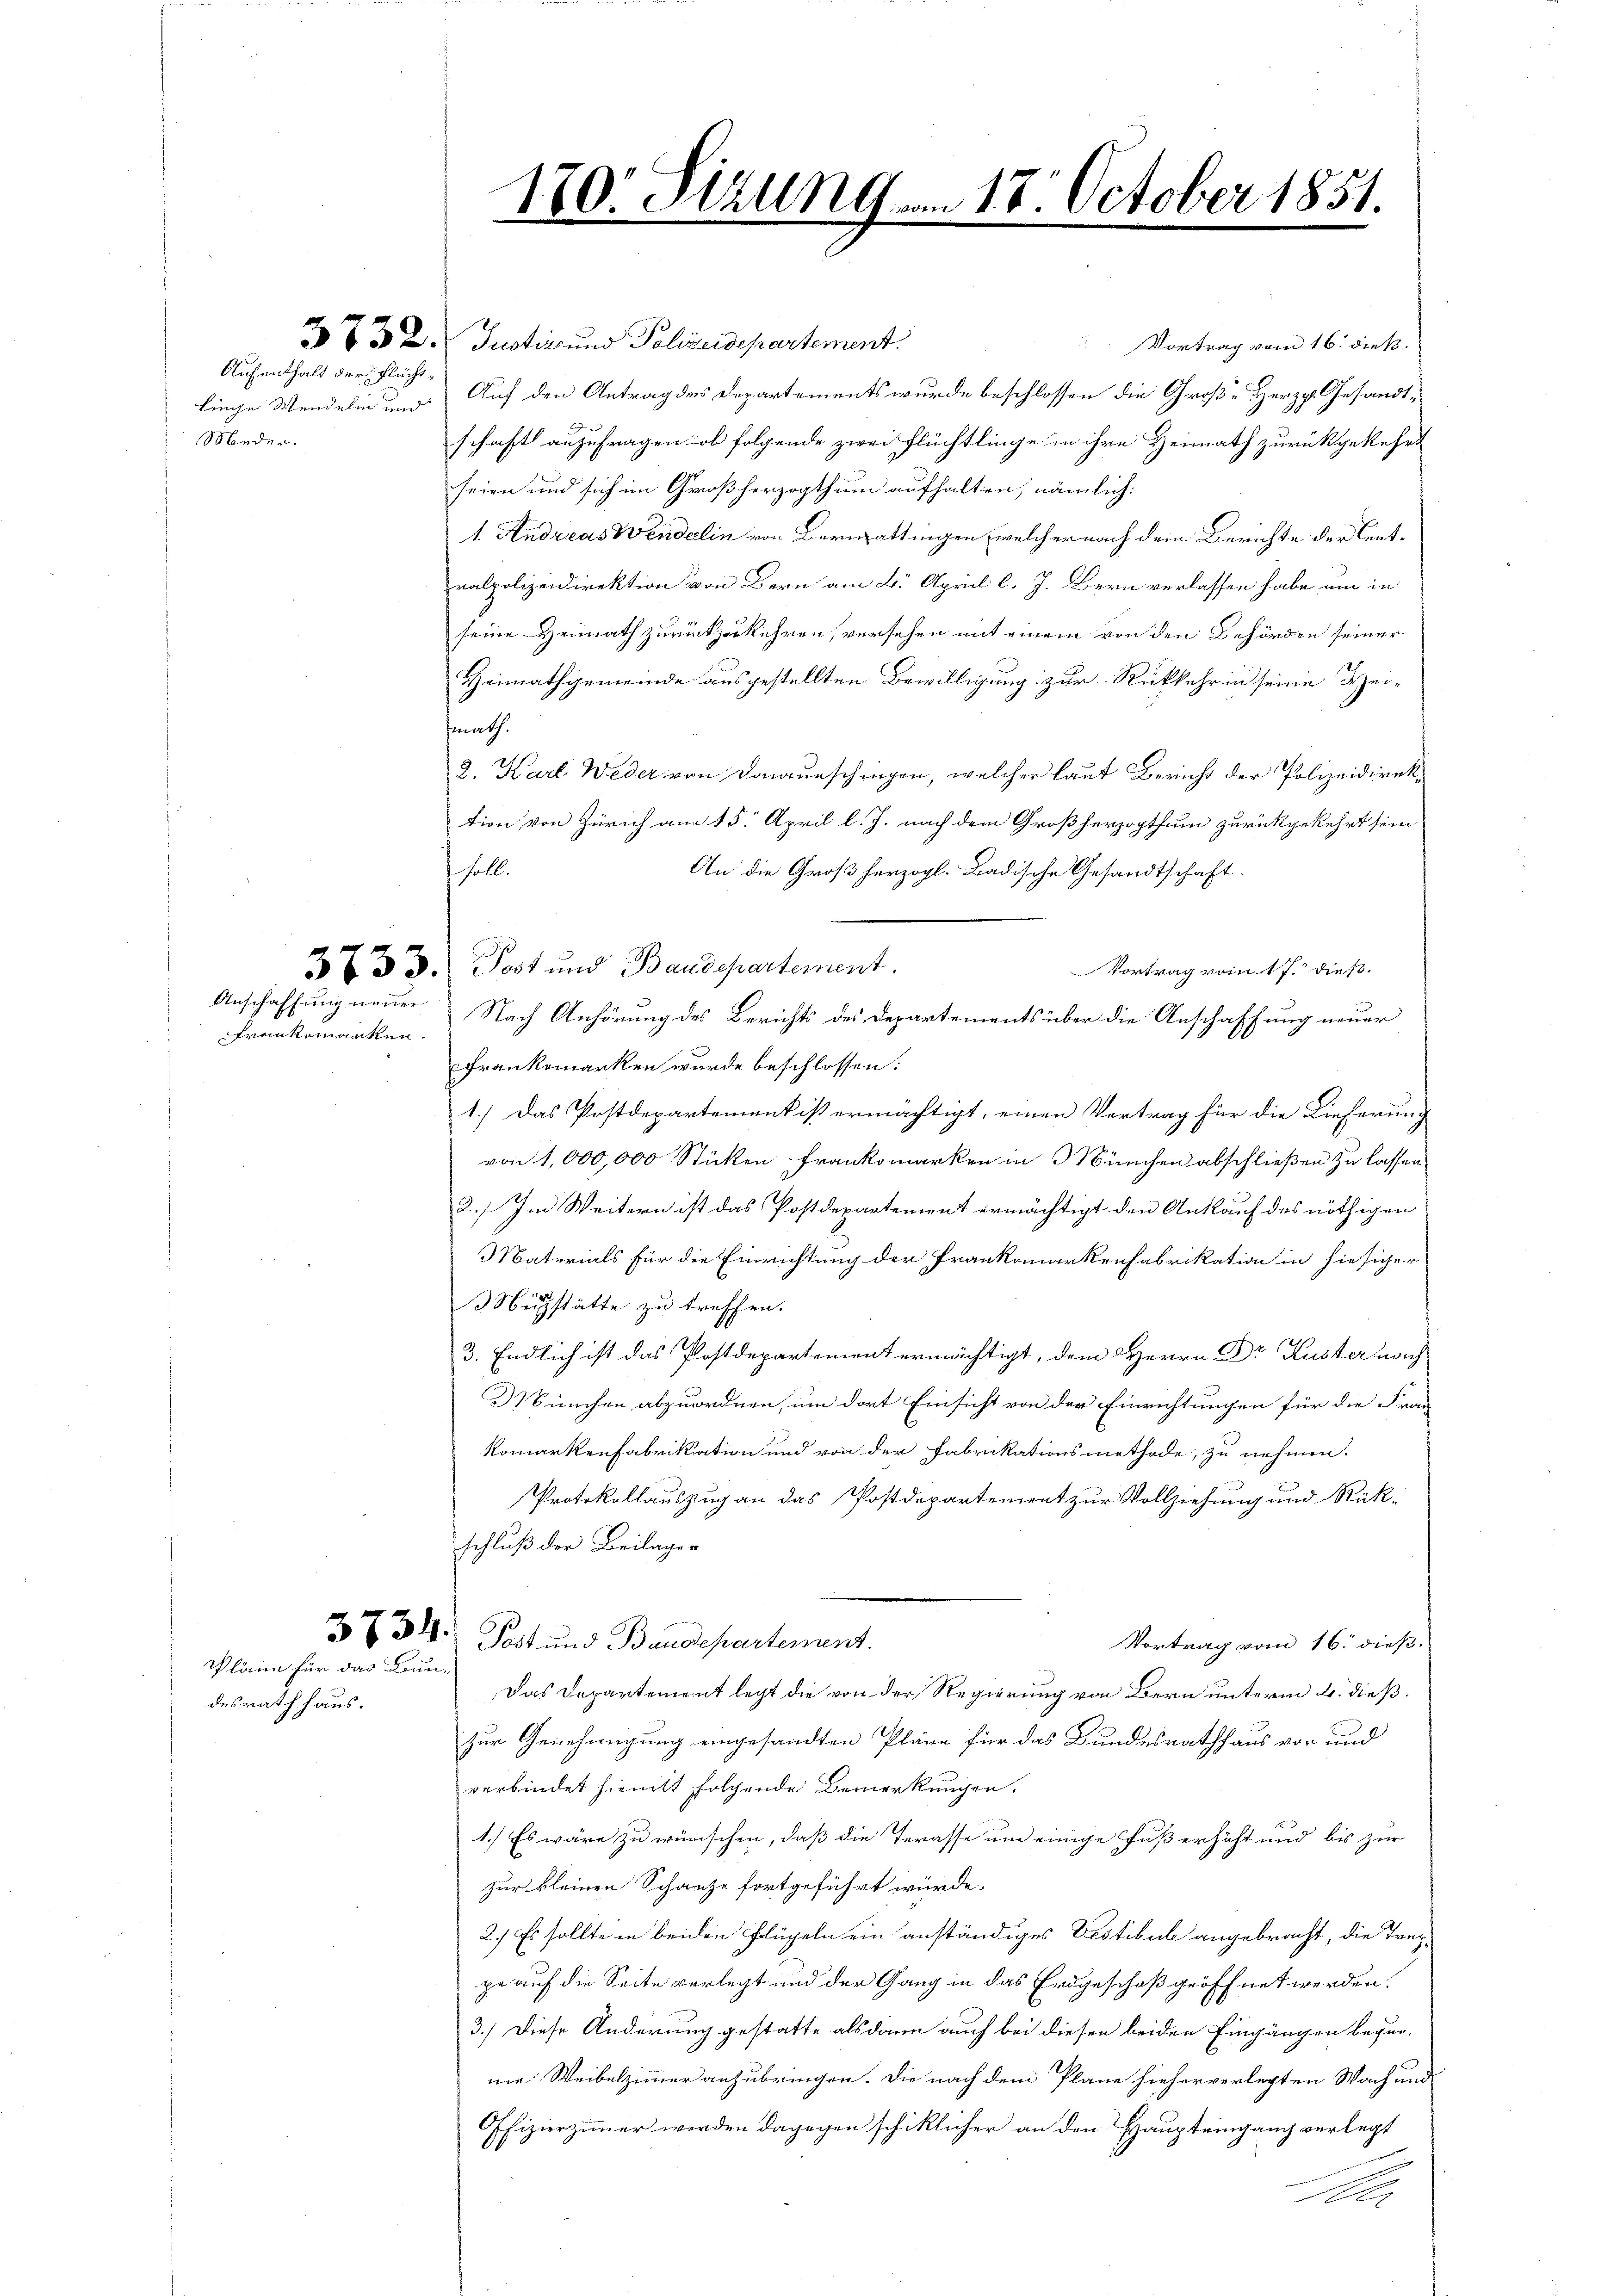
liege Wendelin und
Minder.

Franckemanken.

desrath haus.

Aufenthalt der Flücht¬

Pläne für das Brun¬

3 732. Justiz und Polizeidepartement:
Vortrag vom 16. dieß.
Auf den Antrag des Departements wurde beschlossen die Große Herzp. Gesandtschaft anzufragen ob folgende zwei Flüchtlinge in ihre Heimath zurückgekehrt
seien und sich im Großherzogthum aufhalten; nämlich:
1. Andreas Weidelin von Bernattingen, welcher nach dem Berichte der Centralpolizeidirektion von Bern am 2. April l. J. Bern verlassen habe, um in
seine Heimath zurückzukehren, versehen mit einem von den Behörden seiner
Heimathgemeinde ausgestellten Bewilligung zur Rückkehr in seine Heimath.
2. Karl Weder von Donausschingen, welcher laut Bericht der Polizeidirektion von Zürich am 15. April l. J. nach dem Großherzogthum zurückgekehrt sein
soll.
An die Großherzogl. Badische Gesandtschaft.
333. Post und Baudepartement.
Vortrag vom 17. dieß.
Anschaffung neuer Nach Anhörung des Berichts des Departements über die Anschaffung neuer
Frankemarken wurde beschlossen:
1.) Das Postdepartement ist ermächtigt, einen Vertrag für die Lieferung
von 1,000,000 Stücken Frankomarken in München abschließen zu lassen
2) Im Weitern ist das Postdepartement ermächtigt den Ankauf des nöthigen
Materials für die Einrichtung der Prankomarkenfabrikation in hiesiger
Mihstätte zu treffen.
3. Endlich ist das Postdepartement ermächtigt, dem Herrn Dr. Kuster nich
München abzuordnen, um dort Einsicht von der Einrichtungen für die Fran
Komarkenfabrikation und von der Fabrikationsmethode, zu nehmen.
Protokollauszug an das Postdepartement zur Vollziehung und Rückschluß der Beilagen
37 34. Post und Baudepartenant.
Vortrag vom 16. dieß.
Das Departement legt die von der Regierung von Bern unterm 4. dieß.
zur Genehmigung eingesandten Pläne für das Bundesrathhaus von und
verbindet hiemit folgende Bemerkungen.
1.) Es wäre zu wünschen, daß die Terasse und einige Fuß erhöht und bis zur
zur kleinen Schanze fortgeführt würde.
2.) Es sollte in beiden Flügeln ein anständiges Vestibule angebracht, die Treppe auf die Seite verlegt und der Gang in das Erdgeschoß geöffnet werden.
3.) Diese Änderung gestatte alsdann auch bei diesen beiden Eingängen beque-
nie Weibelzimmer anzubringen. Die nach dem Plane hieher verlegten Wach und
Offizierzimmer werden dagegen schiklicher an den Haupteingang verlegt
1
Der

170. Sizung am 18. October 1851.